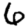
Digit: 6